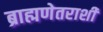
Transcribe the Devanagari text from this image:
ब्राह्मणेतराशी